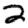
Digit: 2